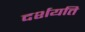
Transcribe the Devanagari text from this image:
दर्शयति